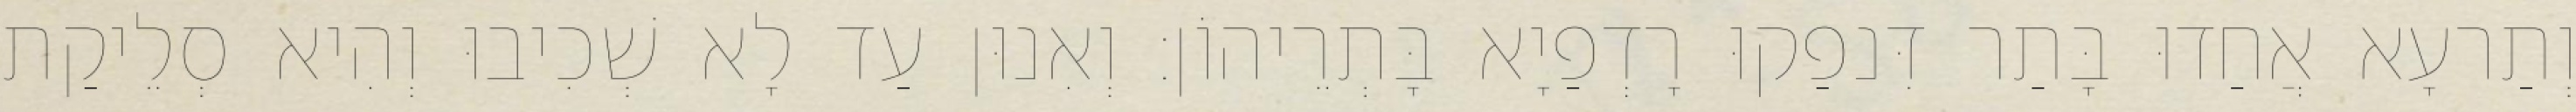
וְתַרעָא אֲחַדוּ בָּתַר דִּנפַקוּ רָדְפַיָא בָּתְרֵיהוֹן׃ וְאִנוּן עַד לָא שְׁכִיבוּ וְהִיא סְלֵיקַת